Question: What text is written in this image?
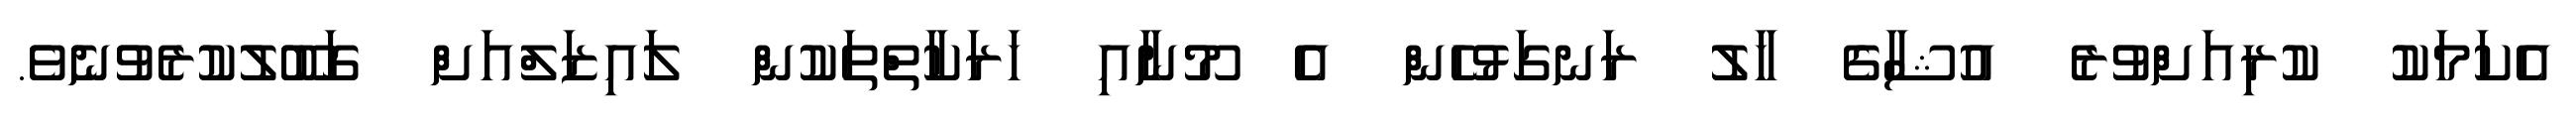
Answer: އެކަމަކު ކުރިއަށްވުރެ އުޝާގެ ހާލު ރަނގަޅުހެން އެ މޫނާއި ހަރަކާތްތަކުން ލައިޒަލްއަށް ގަބޫލުކުރެވުނެވެ.